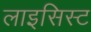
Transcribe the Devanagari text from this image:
लाइसिस्ट